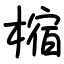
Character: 樎